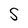
Character: S